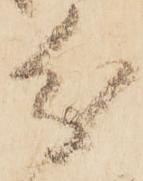
分